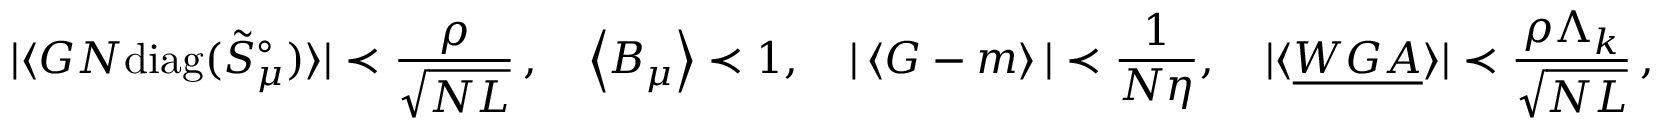
| \langle G N \mathrm { d i a g } ( \tilde { S } _ { \mu } ^ { \circ } ) \rangle | \prec \frac { \rho } { \sqrt { N L } } \, , \quad \left\langle { B _ { \mu } } \right\rangle \prec 1 , \quad | \left\langle { G - m } \right\rangle | \prec \frac { 1 } { N \eta } , \quad | \langle { \underline { { W G A } } } \rangle | \prec \frac { \rho \Lambda _ { k } } { \sqrt { N L } } \, ,